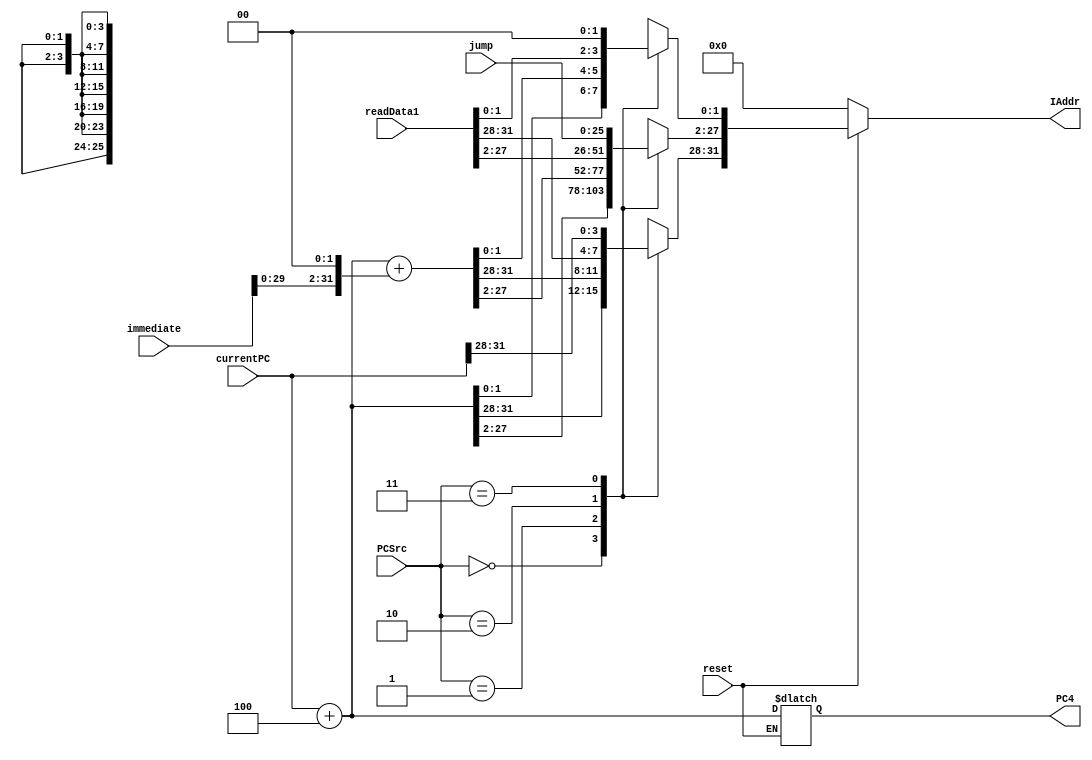
module nextPC(reset,PCSrc,currentPC, immediate,jump,readData1, PC4, IAddr);
    input  reset;
    // receive selection signal
    input [1:0] PCSrc;
    // current PCaddress, for 00:pc = pc + 4
    input [31:0] currentPC;
    // conditional, for 01: pc = pc + 4 + immediate*4
    input [31:0] immediate; 
    input [25:0] jump;
    input [31:0] readData1;
    output reg [31:0] PC4;
    output reg [31:0] IAddr;
    
    always @ (reset or PCSrc or currentPC or immediate)
    begin
        if(reset == 0)
            IAddr = 0;
        else
        begin
            case (PCSrc) 
                2'b00:
                    IAddr = currentPC + 4;
                2'b01: // pc<－pc+4+(sign-extend)immediate
                    IAddr = currentPC + 4 + (immediate<<2);
                2'b10:
                    IAddr = readData1;
                2'b11:
                begin // pc<－{(pc+4)[31:28],addr[27:2],2'b00}
                    IAddr[31:28] = currentPC[31:28];
                    IAddr[27:2] = jump; 
                    IAddr[1:0] = 0;
                end 
                default:
                    IAddr = 8'hFFFFFFFF;
            endcase
            PC4 = currentPC + 4;
        end
    end
    
endmodule